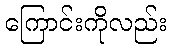
ကြောင်းကိုလည်း